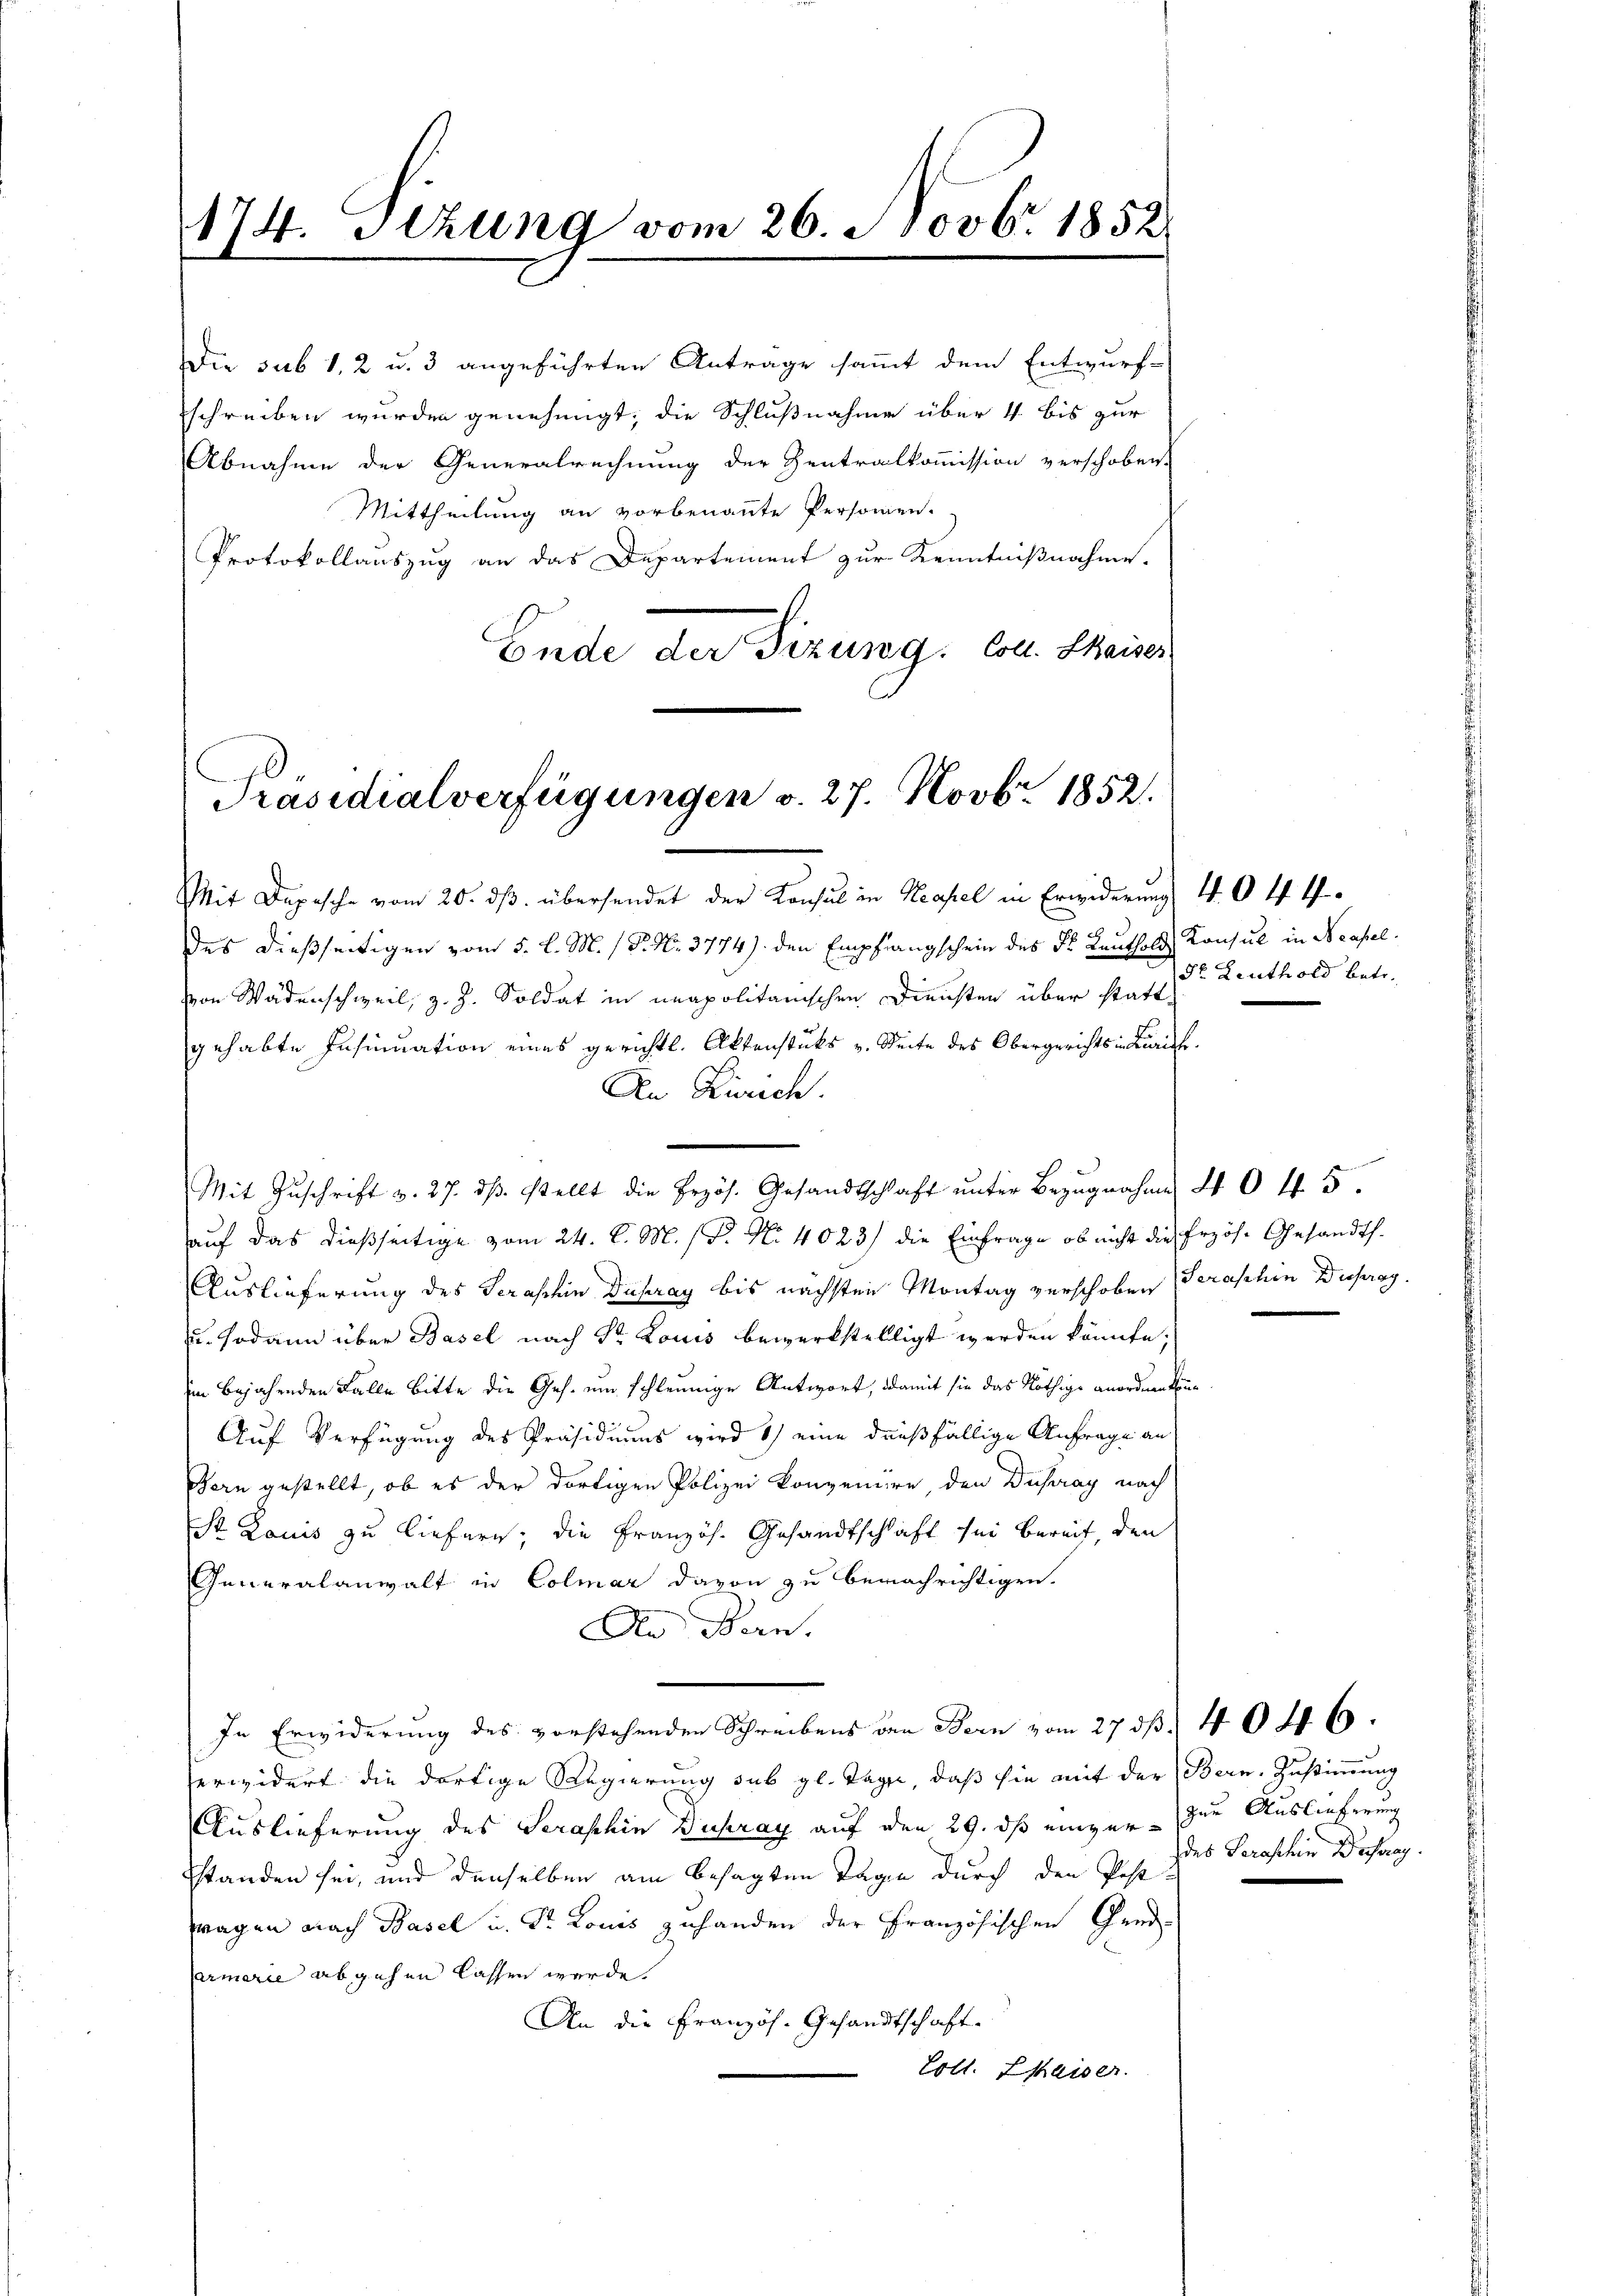
Die sub 1, 2 u. 3 angeführten Antrage sammt dem Entwurf-
schreiben wurden genehmigt, die Schlußnahme über 4 bis zur
Abnahme der Generalrechnung der Zentralkommission verschoben.
Mittheilung an vorbenannte Personen.
Protokollauszug an das Departement zur Kenntnißnahme.
Ende der Fizung. Coll. Seiner

Präsidialverfügungen v. 27. Novbr. 1852.

174. Stzung vom 26. Novbr. 1852.

Mit Depesche vom 20. ds. übersendet der Konsul in Neapel in Erwiderung 404. 4
7
des dießseitigen vom 5. l. M. / P. Nr. 3774) den Empfangschein des Dr. Leuthold Konsul in Neapelvon Wädenschweil, z. Z. Soldat in unapolitanischen Diensten über stattgehabte Insinuation eines gerichtl. Aktenstüks v. Seite des Obergerichts in Lurich
An Zürich.
auf das dießseitige vom 24. d. M. P. Nr. 4023) die Einfrage, ob nicht die Erzöse Gesandth.
Auslieferung des Seraschin Dupray bis nächsten Montag verschoben Seraschen Disfrag
u. sodann über Basel nach Sr. Louis bewerkstelligt werden könnte;
im bejahenden Falle Bitte die Ges. um schleunige Antwort, damit sie das Nöthige anordnen kön¬
Auf Verfügung des Präsidiums wird 1) eine dießfällige Anfrage an
Bern gestellt, ob es der dortigen Polizei konveniere, den Dupray nach
St Lauis zu liefern, die Französ. Gesandtschaft sei bereit, den
Generalanwalt in Colmar davon zu benachrichtigen.
An Man
In Erwiderung des vorstehenden Schreibens den Bern vom 27. d. 404 6.
erwidert die dortige Regierung sub gl. Tage, daß sie mit der Bern, Zustimmung
Auslieferung des Seraschin Dupray auf den 29. dß einger zur Auslieferung
standen sei, und denselben am besagten Tagen durch den Post.
wagen nach Basel u. Dr. Louis zuhanden der Französischen Gend-
armerie abgehen lassen werde.
An die Französ. Gesandtschaft
Loll. Chaiser.

Mit Zŭschrift v. 27. dβ. stellt die Erzös. Gesandtschlaft ŭnter Bezugnahme d 0 f 5

de Leuthold betr.

des Seraschin Dufay.